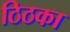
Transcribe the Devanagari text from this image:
ठिठका